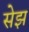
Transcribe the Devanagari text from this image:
सेझ